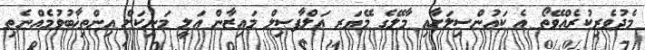
މެދުވެރިކުރެއްވޭތޯ އެ ކައުންސިލަށާއި މާލޭގެ މޭޔަރ އަލްފާޞިލް މައިޒާން ޢަލީ މަނިކަށް އިންތިޚާބުވުމެއްނެތި